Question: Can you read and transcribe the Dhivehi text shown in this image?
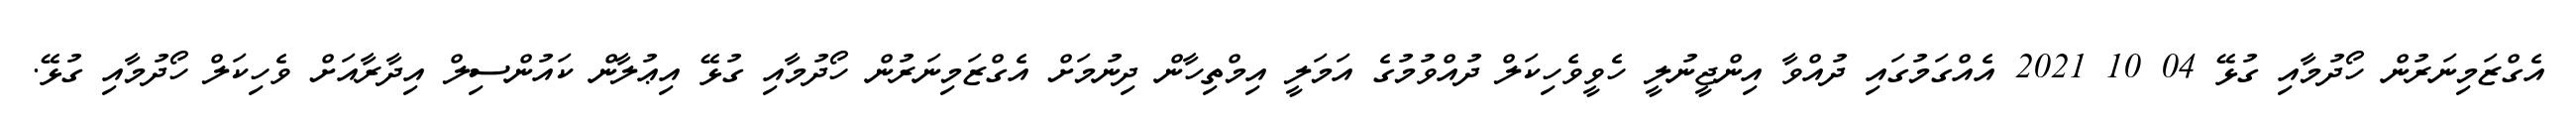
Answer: އެގްޒަމިނަރުން ހޯދުމާއި ގުޅޭ 04 10 2021 އެއްގަމުގައި ދުއްވާ އިންޖީނުލީ ހެވީވެހިކަލް ދުއްވުމުގެ އަމަލީ އިމްތިހާން ދިނުމަށް އެގްޒަމިނަރުން ހޯދުމާއި ގުޅޭ އިޢުލާން ކައުންސިލް އިދާރާއަށް ވެހިކަލް ހޯދުމާއި ގުޅޭ.